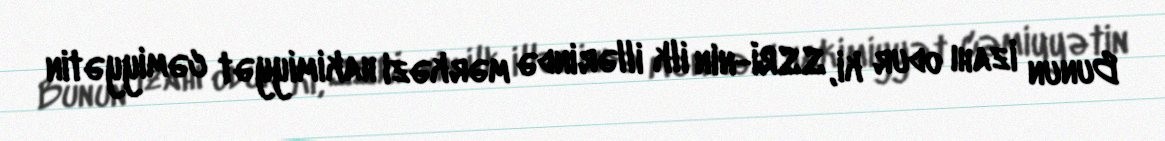
Bunun izahı odur ki, SSRİ-nin ilk illərində mərkəzi hakimiyyət cəmiyyətin